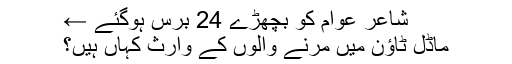
شاعر عوام کو بچھڑے 24 برس ہوگئے ←
ماڈل ٹاﺅن میں مرنے والوں کے وارث کہاں ہیں؟